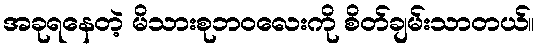
အခုရနေတဲ့ မိသားစုဘဝလေးကို စိတ်ချမ်းသာတယ်။